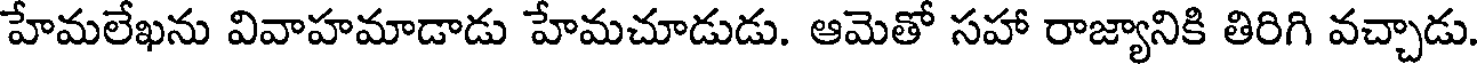
హేమలేఖను వివాహమాడాడు హేమచూడుడు. ఆమెతో సహా రాజ్యానికి తిరిగి వచ్చాడు